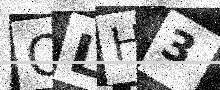
Text: OLH3